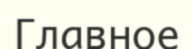
Главное